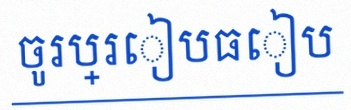
ចូរប្រៀបធៀប